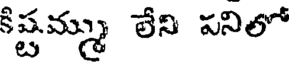
కిష్టమ్ము లేని పనిలో